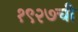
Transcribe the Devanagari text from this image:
१९२७ची